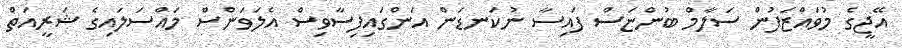
އޭޖީގެ މުވައްޒަފުން ސަލާމް ބުންޏަސް ފައިސާ ނުކަނޑަން އަންގައިފިސާވިސް އެލަވަންސް މައްސަލައިގެ ޝަރީއަތް